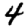
Digit: 4